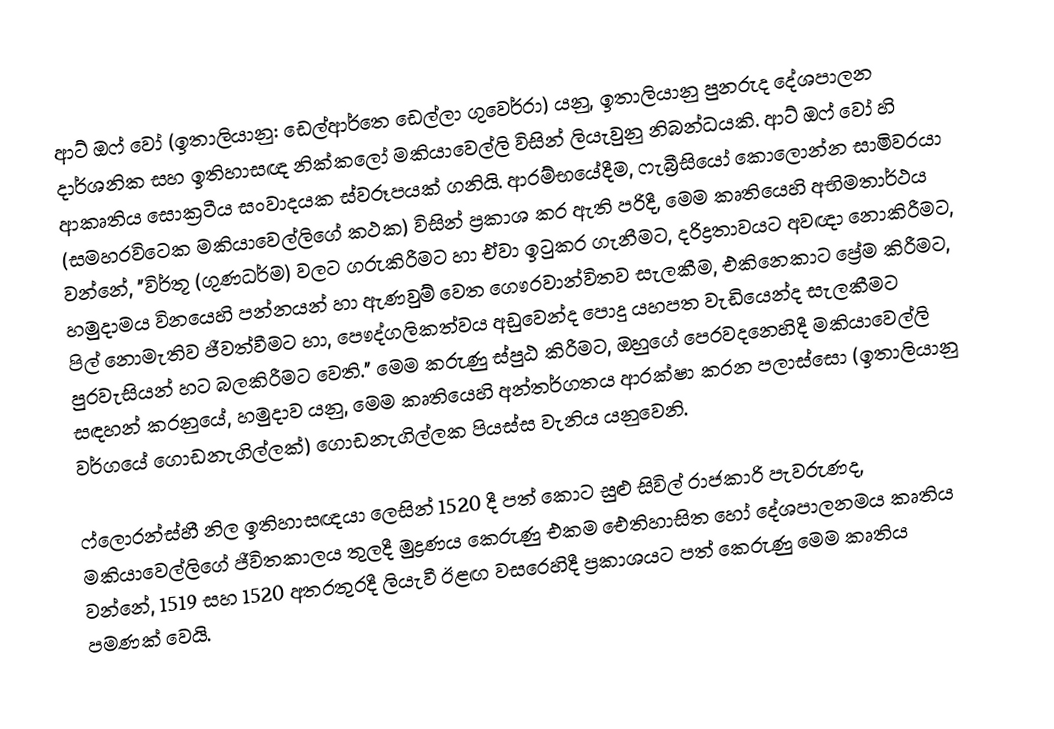
ආට් ඔෆ් වෝ (ඉතාලියානු: ඩෙල්ආර්තෙ ඩෙල්ලා ගුවෙර්රා) යනු, ඉතාලියානු පුනරුද   දේශපාලන දාර්ශනික  සහ ඉතිහාසඥ නික්කලෝ මකියාවෙල්ලි විසින් ලියැවුනු නිබන්ධයකි. ආට් ඔෆ් වෝ හි ආකෘතිය  සොක්‍රටීය සංවාදයක ස්වරූපයක් ගනියි. ආරම්භයේදීම, ෆැබ්‍රීසියෝ කොලොන්න සාමිවරයා (සමහරවිටෙක මකියාවෙල්ලිගේ කථක) විසින් ප්‍රකාශ කර ඇති පරිදී,  මෙම කෘතියෙහි අභිමතාර්ථය වන්නේ,  "විර්තූ (ගුණධර්ම) වලට ගරුකිරීමට හා ඒවා ඉටුකර ගැනීමට, දරිද්‍රතාවයට අවඥා නොකිරීමට, හමුදාමය විනයෙහි පන්නයන් හා ඇණවුම් වෙත ගෞරවාන්විතව සැලකීම, එකිනෙකාට ප්‍රේම කිරීමට, පිල් නොමැතිව ජීවත්වීමට හා, පෞද්ගලිකත්වය අඩුවෙන්ද පොදු යහපත වැඩියෙන්ද සැලකීමට පුරවැසියන් හට බලකිරීමට වෙති." මෙම කරුණු ස්පුඨ කිරීමට, ඔහුගේ පෙරවදනෙහිදී මකියාවෙල්ලි සඳහන් කරනුයේ, හමුදාව යනු, මෙම කෘතියෙහි අන්තර්ගතය ආරක්ෂා කරන  පලාස්සො (ඉතාලියානු වර්ගයේ ගොඩනැගිල්ලක්) ගොඩනැගිල්ලක පියස්ස වැනිය යනුවෙනි.

ෆ්ලොරන්ස්හී නිල ඉතිහාසඥයා ලෙසින් 1520 දී පත් කොට සුළු සිවිල් රාජකාරි පැවරුණද, මකියාවෙල්ලිගේ ජීවිතකාලය තුලදී මුද්‍රණය කෙරුණු එකම ඓතිහාසිත හෝ දේශපාලනමය කෘතිය වන්නේ, 1519 සහ 1520 අතරතුරදී ලියැවී ඊළඟ වසරෙහිදී ප්‍රකාශයට පත් කෙරුණු මෙම කෘතිය පමණක් වෙයි.